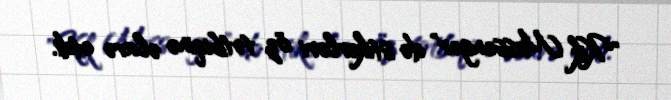
"Kik Messenger" də stikerləri öz tətbiqinə əlavə etdi.